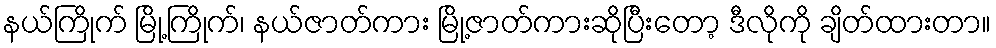
နယ်ကြိုက် မြို့ကြိုက်၊ နယ်ဇာတ်ကား မြို့ဇာတ်ကားဆိုပြီးတော့ ဒီလိုကို ချိတ်ထားတာ။